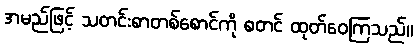
အမည်ဖြင့် သတင်းစာတစ်စောင်ကို စတင် ထုတ်ဝေကြသည်။